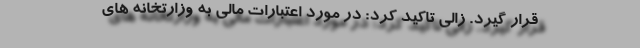
قرار گیرد. زالی تاکید کرد: در مورد اعتبارات مالی به وزارتخانه های